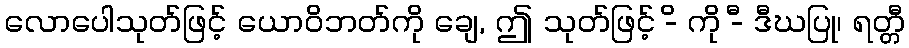
လောပေါသုတ်ဖြင့် ယောဝိဘတ်ကို ချေ, ဤ သုတ်ဖြင့် -ိ ကို -ီ ဒီဃပြု၊ ရတ္တီ